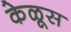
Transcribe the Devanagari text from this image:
केळूस